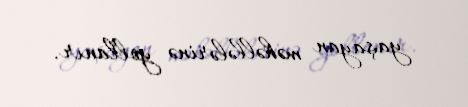
yaşayan məhəllələrinə yollanır.